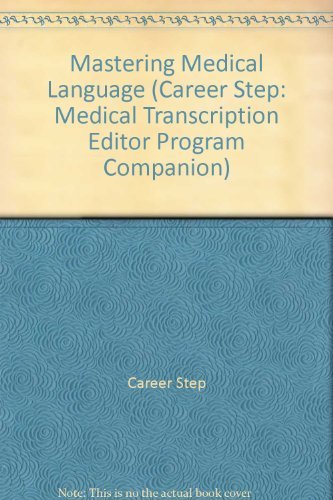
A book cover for Mastering Medical Language (Career Step: Medical Transcription Editor Program Companion); Medical Books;